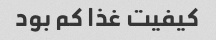
کیفیت غذا کم بود